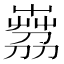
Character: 𦴘